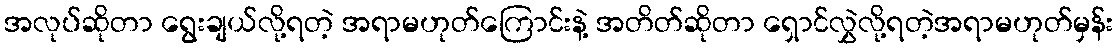
အလုပ်ဆိုတာ ရွေးချယ်လို့ရတဲ့ အရာမဟုတ်ကြောင်းနဲ့ အတိတ်ဆိုတာ ရှောင်လွှဲလို့ရတဲ့အရာမဟုတ်မှန်း